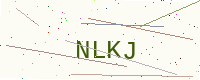
Text: NLKJ